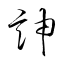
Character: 訷